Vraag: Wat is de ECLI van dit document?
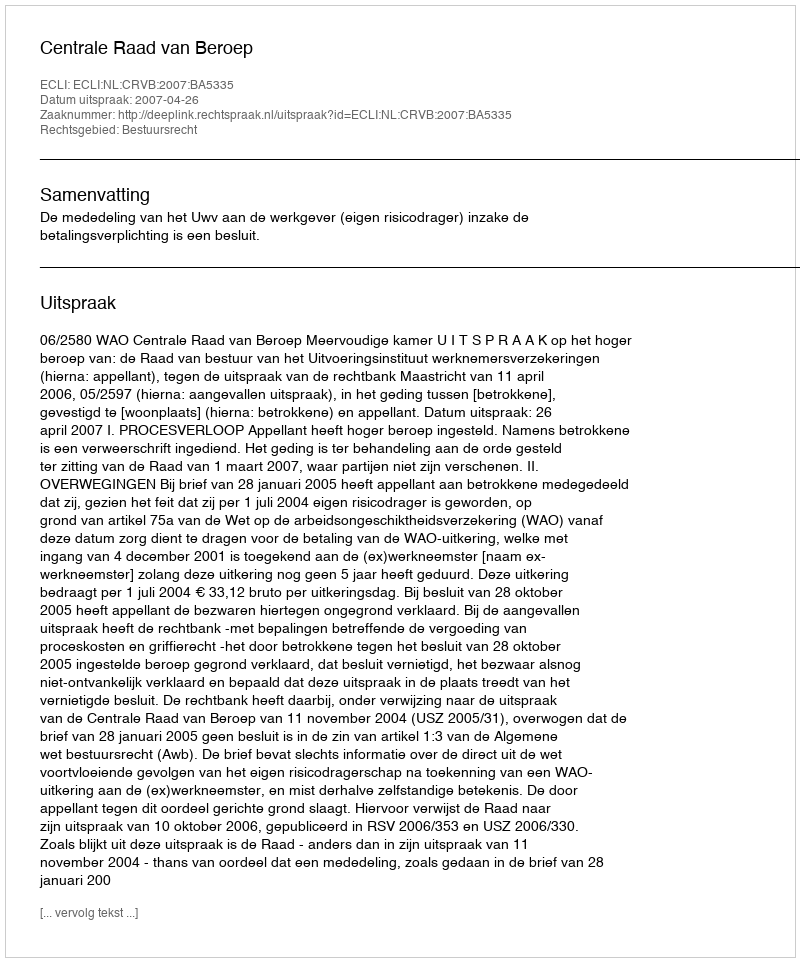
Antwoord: ECLI:NL:CRVB:2007:BA5335